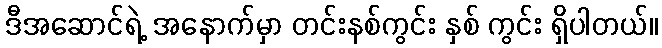
ဒီအဆောင်ရဲ့ အနောက်မှာ တင်းနစ်ကွင်း နှစ် ကွင်း ရှိပါတယ်။